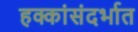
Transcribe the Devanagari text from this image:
हक्कांसंदर्भात